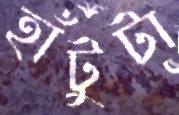
হাঁটুটা